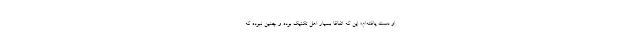
او دست یافته‌ام؛ این که اتفاقا بسیار اهل تکنیک بوده و چنین نبوده که